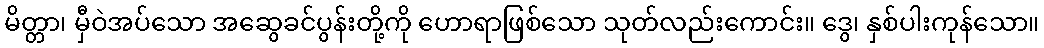
မိတ္တာ၊ မှီဝဲအပ်သော အဆွေခင်ပွန်းတို့ကို ဟောရာဖြစ်သော သုတ်လည်းကောင်း။ ဒွေ၊ နှစ်ပါးကုန်သော။